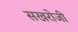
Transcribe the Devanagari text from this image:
सखरोजी